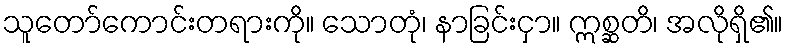
သူတော်ကောင်းတရားကို။ သောတုံ၊ နာခြင်းငှာ။ ဣစ္ဆတိ၊ အလိုရှိ၏။